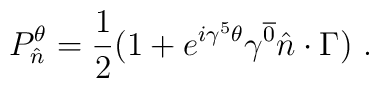
P_{\hat n}^\theta={1\over2}(1+e^{i\gamma^5\theta}\gamma^{\overline{0}}\hat n\cdot\Gamma)\ .